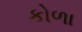
કોળા